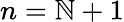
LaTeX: n=\mathbb{N}+1